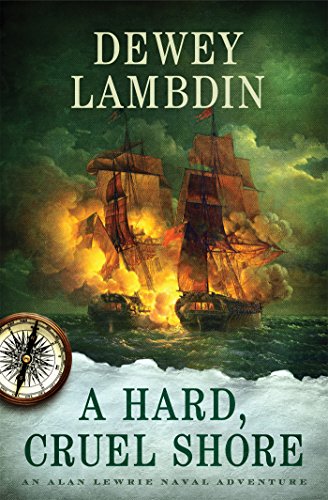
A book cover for A Hard, Cruel Shore: An Alan Lewrie Naval Adventure (Alan Lewrie Naval Adventures); Dewey Lambdin; Literature & Fiction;